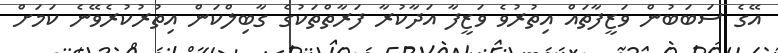
އޭގެ ސަބަބުން ވަޒީފާތައް އިތުރުވެ ވަޒީފާ އަދާކުރާ ފަރާތްތަކުގެ ގާބިލްކަން އިތުރުކުރެވޭނެ ކަމަށް